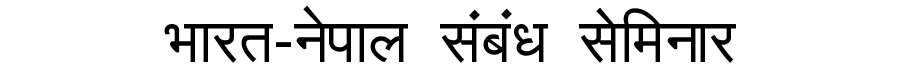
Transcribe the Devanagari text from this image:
भारत-नेपाल संबंध सेमिनार